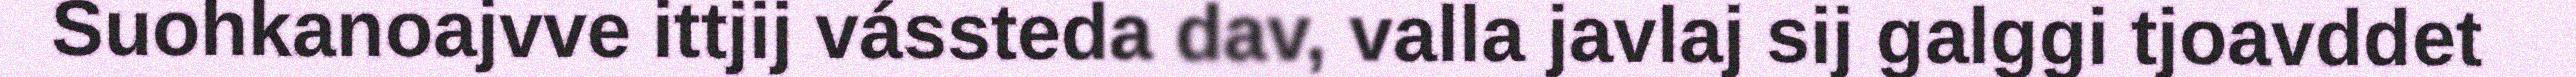
Suohkanoajvve ittjij vássteda dav, valla javlaj sij galggi tjoavddet